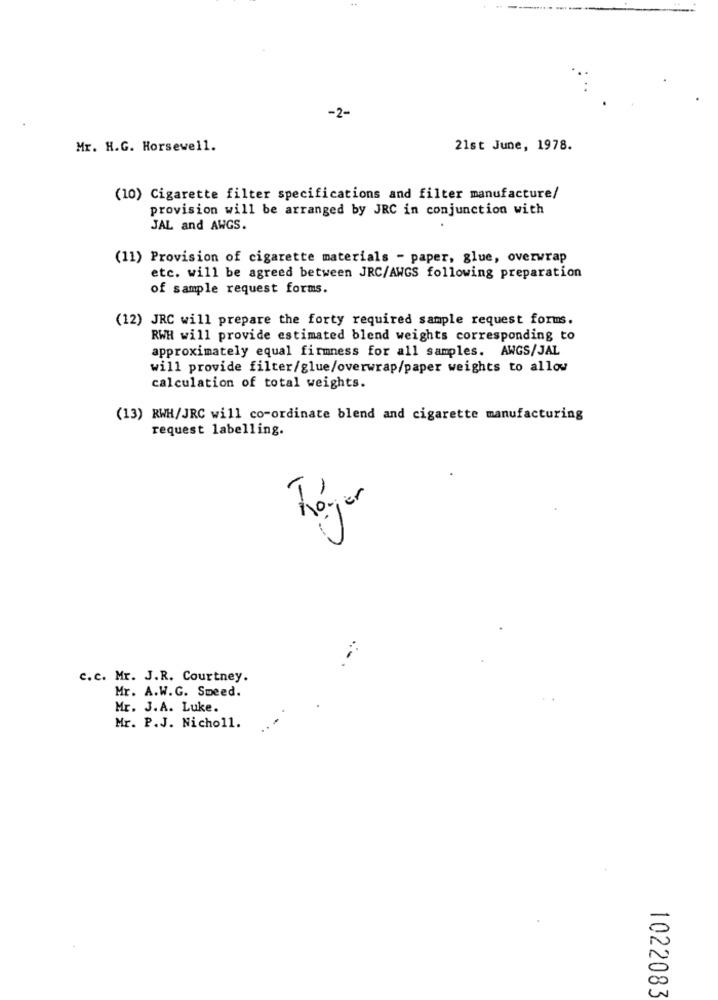
-2-
Mr. H.G. Horsewell.
21st June, 1978.
(10) Cigarette filter specifications and filter manufacture/
provision will be arranged by JRC in conjunction with
JAL and AWGS.
(11) Provision of cigarette materials - paper, glue, overwrap
etc. will be agreed between JRC/AWGS following preparation
of sample request forms.
(12) JRC will prepare the forty required sample request forms.
RWH will provide estimated blend weights corresponding to
approximately equal firmness for all samples. AWGS/JAL
will provide filter/glue/overwrap/paper weights to allow
calculation of total weights.
(13) RWH/JRC will co-ordinate blend and cigarette manufacturing
request labelling.
Roger
c. c. Mr. J.R. Courtney.
Mr. A.W.G. Smeed.
Mr. J.A. Luke.
Mr. P.J. Nicholl.
00
102208